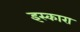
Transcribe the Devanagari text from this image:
इस्कारा